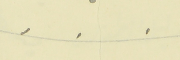
.    .    .